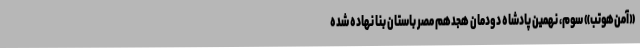
«آمن‌هوتب» سوم، نهمین پادشاه دودمان هجدهم مصر باستان بنا نهاده شده